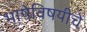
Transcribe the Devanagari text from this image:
भाषेविषयीचे